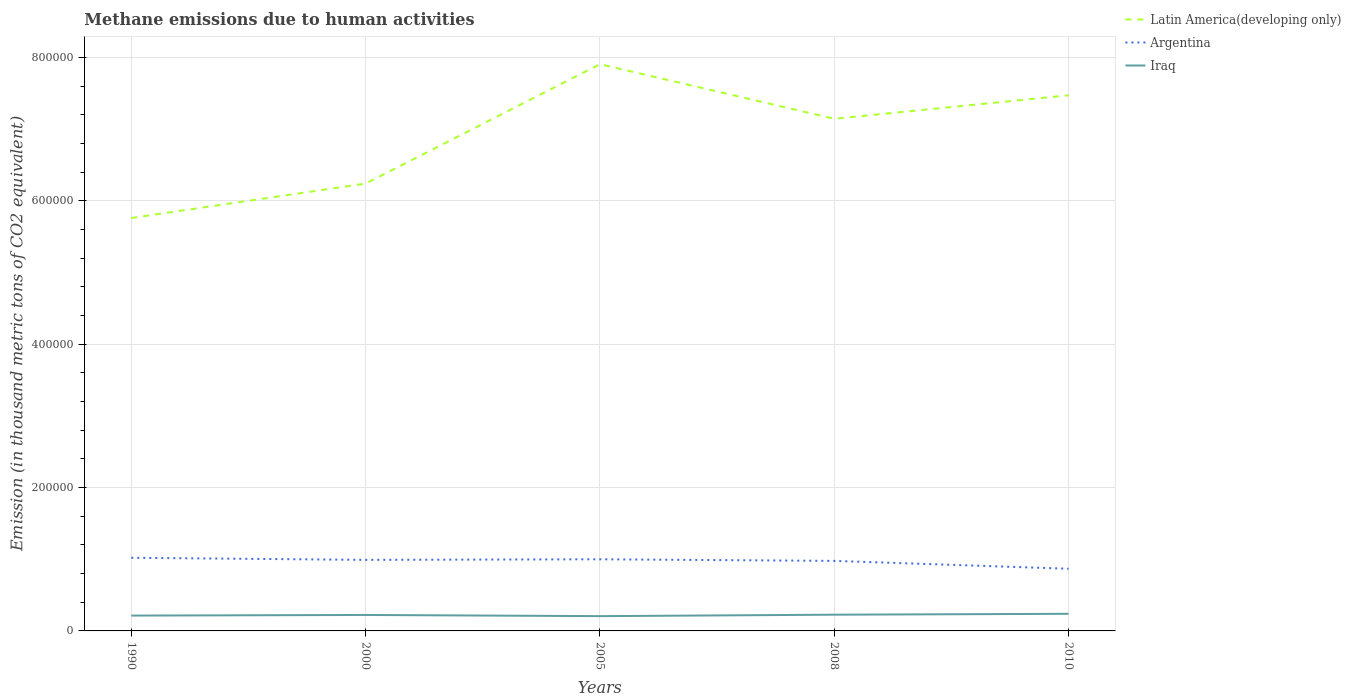
| Years | Latin America(developing only) | Argentina | Iraq |
 | --- | --- | --- | --- |
 | 1990 | 5.76e+05 | 1.02e+05 | 2.14e+04 |
 | 2000 | 6.24e+05 | 9.91e+04 | 2.23e+04 |
 | 2005 | 7.91e+05 | 1e+05 | 2.06e+04 |
 | 2008 | 7.15e+05 | 9.77e+04 | 2.26e+04 |
 | 2010 | 7.47e+05 | 8.67e+04 | 2.39e+04 |